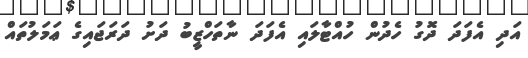
އަދި އެފަދަ ދޮގު ހެދުން ހުއްޓާލައި އެފަދަ ނާތަހްޒީބު ދަށު ދަރަޖައިގެ ޢަމަލުތައް